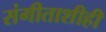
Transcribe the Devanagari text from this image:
संगीताशीही